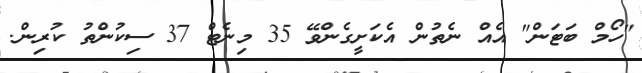
"ހޯމް ބަޓަން" އެއް ނެތުން އެކަށީގެންވޭ 35 މިނެޓް 37 ސިކުންތު ކުރިން.